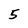
Character: 5